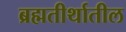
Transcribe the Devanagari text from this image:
ब्रह्मतीर्थातील